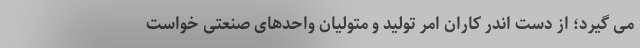
می گیرد؛ از دست اندر کاران امر تولید و متولیان واحدهای صنعتی خواست